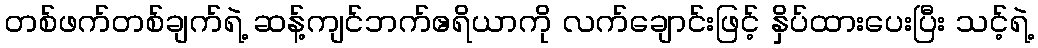
တစ်ဖက်တစ်ချက်ရဲ့ ဆန့်ကျင်ဘက်ဧရိယာကို လက်ချောင်းဖြင့် နှိပ်ထားပေးပြီး သင့်ရဲ့